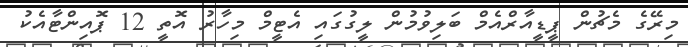
މިރޭގެ މެޗުން ޕީޑީއާރްއެމް ބަލިވުމުން ލީގުގައި އެޓީމް މިހާރު އޮތީ 12 ޕޮއިންޓާއެކު